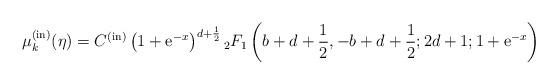
LaTeX: \begin{align*} \mu_k^{\rm (in)}(\eta) = C^{(\rm in)} \left(1+{\rm e}^{-x}\right)^{d+{1\over 2}} {}_2F_1\left(b+d+{1\over 2},-b+d+{1\over 2};2d+1;1+{\rm e}^{-x}\right)\end{align*}